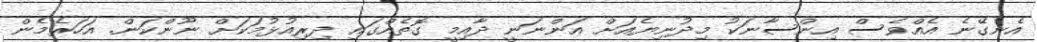
އެނގޭނެ އެއްވެސް އިންސާނަކު މިދުނިޔެއަށް އަންނަނީ ދާއިމީ ގޮތެއްގައި ދިރިއުޅުމަކަށް ނޫންކަން. އަހަރެމެން